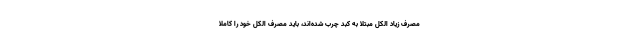
مصرف زیاد الکل مبتلا به کبد چرب شده‌اند، باید مصرف الکل خود را کاملا